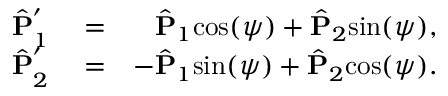
\begin{array} { r l r } { \hat { \bf P } _ { 1 } ^ { ' } } & { { } = } & { \hat { { \bf P } } _ { 1 } \mathrm { c o s } ( \psi ) + \hat { { \bf P } } _ { 2 } \mathrm { s i n } ( \psi ) , } \\ { \hat { \bf P } _ { 2 } ^ { ' } } & { { } = } & { - \hat { { \bf P } } _ { 1 } \mathrm { s i n } ( \psi ) + \hat { { \bf P } } _ { 2 } \mathrm { c o s } ( \psi ) . } \end{array}